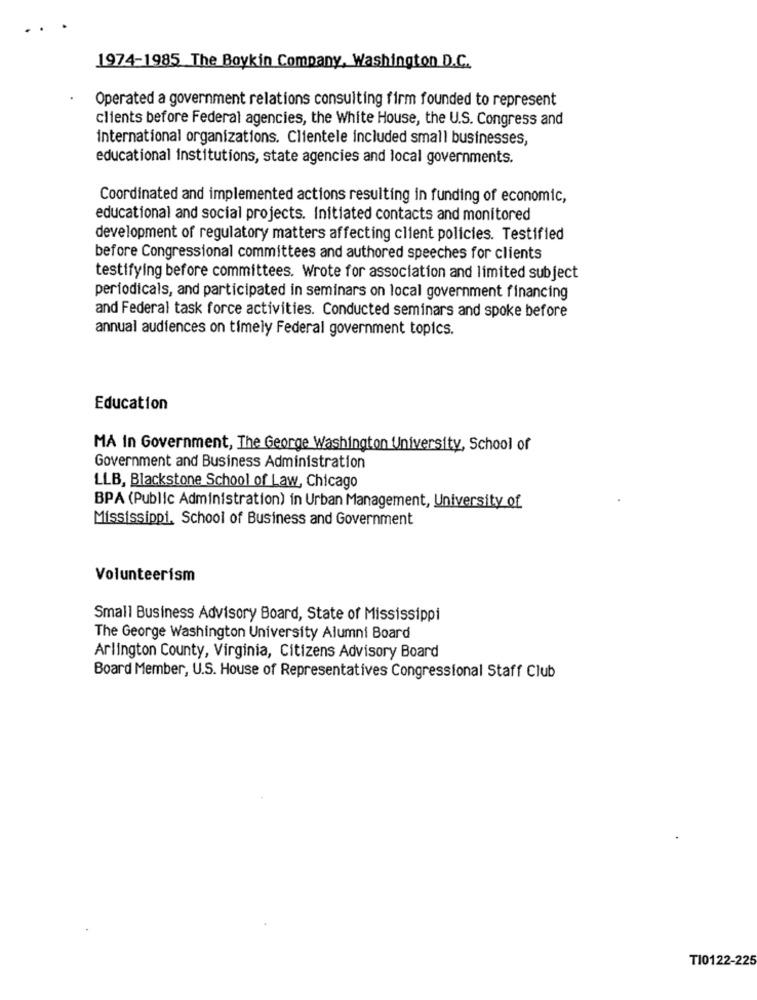
1974-1985 The Boykin Company, Washington D.C.
Operated a government relations consulting firm founded to represent
clients before Federal agencies, the White House, the U.S. Congress and
international organizations. Clientele included small businesses,
educational institutions, state agencies and local governments.
Coordinated and implemented actions resulting in funding of economic,
educational and social projects. Initiated contacts and monitored
development of regulatory matters affecting client policies. Testified
before Congressional committees and authored speeches for clients
testifying before committees. Wrote for association and limited subject
periodicals, and participated in seminars on local government financing
and Federal task force activities. Conducted seminars and spoke before
annual audiences on timely Federal government topics.
Education
MA In Government, The George Washington University, School of
Government and Business Administration
LLB, Blackstone School of Law, Chicago
BPA (Public Administration) in Urban Management, University of
Mississippi, School of Business and Government
Volunteerism
Small Business Advisory Board, State of Mississippi
The George Washington University Alumni Board
Arlington County, Virginia, Citizens Advisory Board
Board Member, U.S. House of Representatives Congressional Staff Club
TI0122-225